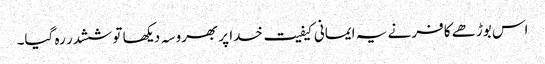
اس بوڑھے کافر نے یہ ایمانی کیفیت خدا پر بھروسہ دیکھا تو ششدر رہ گیا۔